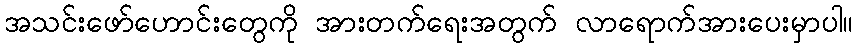
အသင်းဖော်ဟောင်းတွေကို အားတက်ရေးအတွက် လာရောက်အားပေးမှာပါ။